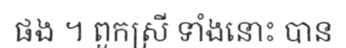
ផង ។ ពួកស្រី ទាំងនោះ បាន